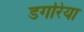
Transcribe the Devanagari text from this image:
डगरिया